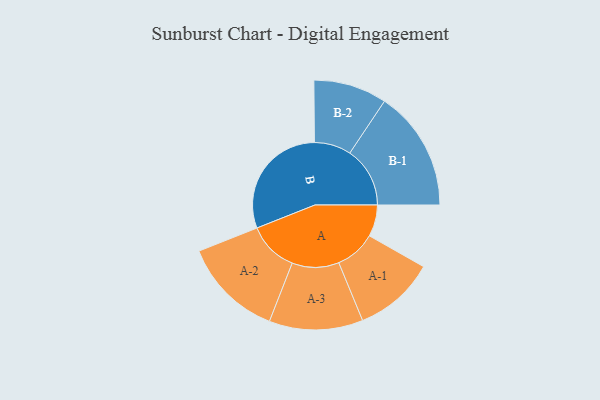
{"axis": {"x": "Segment", "y": "Value"}, "legend": ["", "A", "B"], "data": [{"x": "A", "y": 112, "type": ""}, {"x": "B", "y": 421, "type": ""}, {"x": "A-1", "y": 144, "type": "A"}, {"x": "A-2", "y": 178, "type": "A"}, {"x": "A-3", "y": 166, "type": "A"}, {"x": "B-1", "y": 213, "type": "B"}, {"x": "B-2", "y": 130, "type": "B"}]}